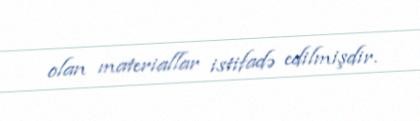
olan materiallar istifadə edilmişdir.